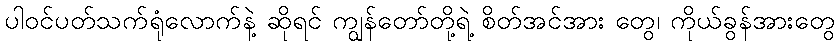
ပါဝင်ပတ်သက်ရုံလောက်နဲ့ ဆိုရင် ကျွန်တော်တို့ရဲ့ စိတ်အင်အား တွေ၊ ကိုယ်ခွန်အားတွေ